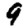
Digit: 9